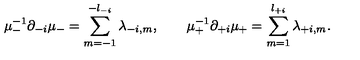
\mu _ { - } ^ { - 1 } \partial _ { - i } \mu _ { - } = \sum _ { m = - 1 } ^ { - l _ { - i } } \lambda _ { - i , m } , \qquad \mu _ { + } ^ { - 1 } \partial _ { + i } \mu _ { + } = \sum _ { m = 1 } ^ { l _ { + i } } \lambda _ { + i , m } .